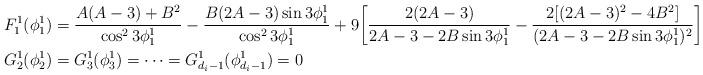
LaTeX: \begin{align*}\begin{aligned} &F^1_1(\phi^1_1)=\frac{A(A-3)+B^2}{\cos^2 3\phi^1_1}-\frac{B(2A-3)\sin 3\phi^1_1}{\cos^2 3\phi^1_1}+9\bigg[\frac{2(2A-3)}{2A-3-2B\sin 3\phi^1_1}-\frac{2[(2A-3)^2-4B^2]}{(2A-3-2B\sin 3\phi^1_1)^2} \bigg]\\ &G^1_2(\phi^1_2)=G^1_3(\phi^1_3)=\cdots=G^1_{d_i-1}(\phi^1_{d_i-1})=0\end{aligned}\end{align*}